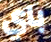
باي